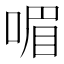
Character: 𠷯